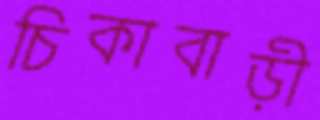
চিকাবাড়ী